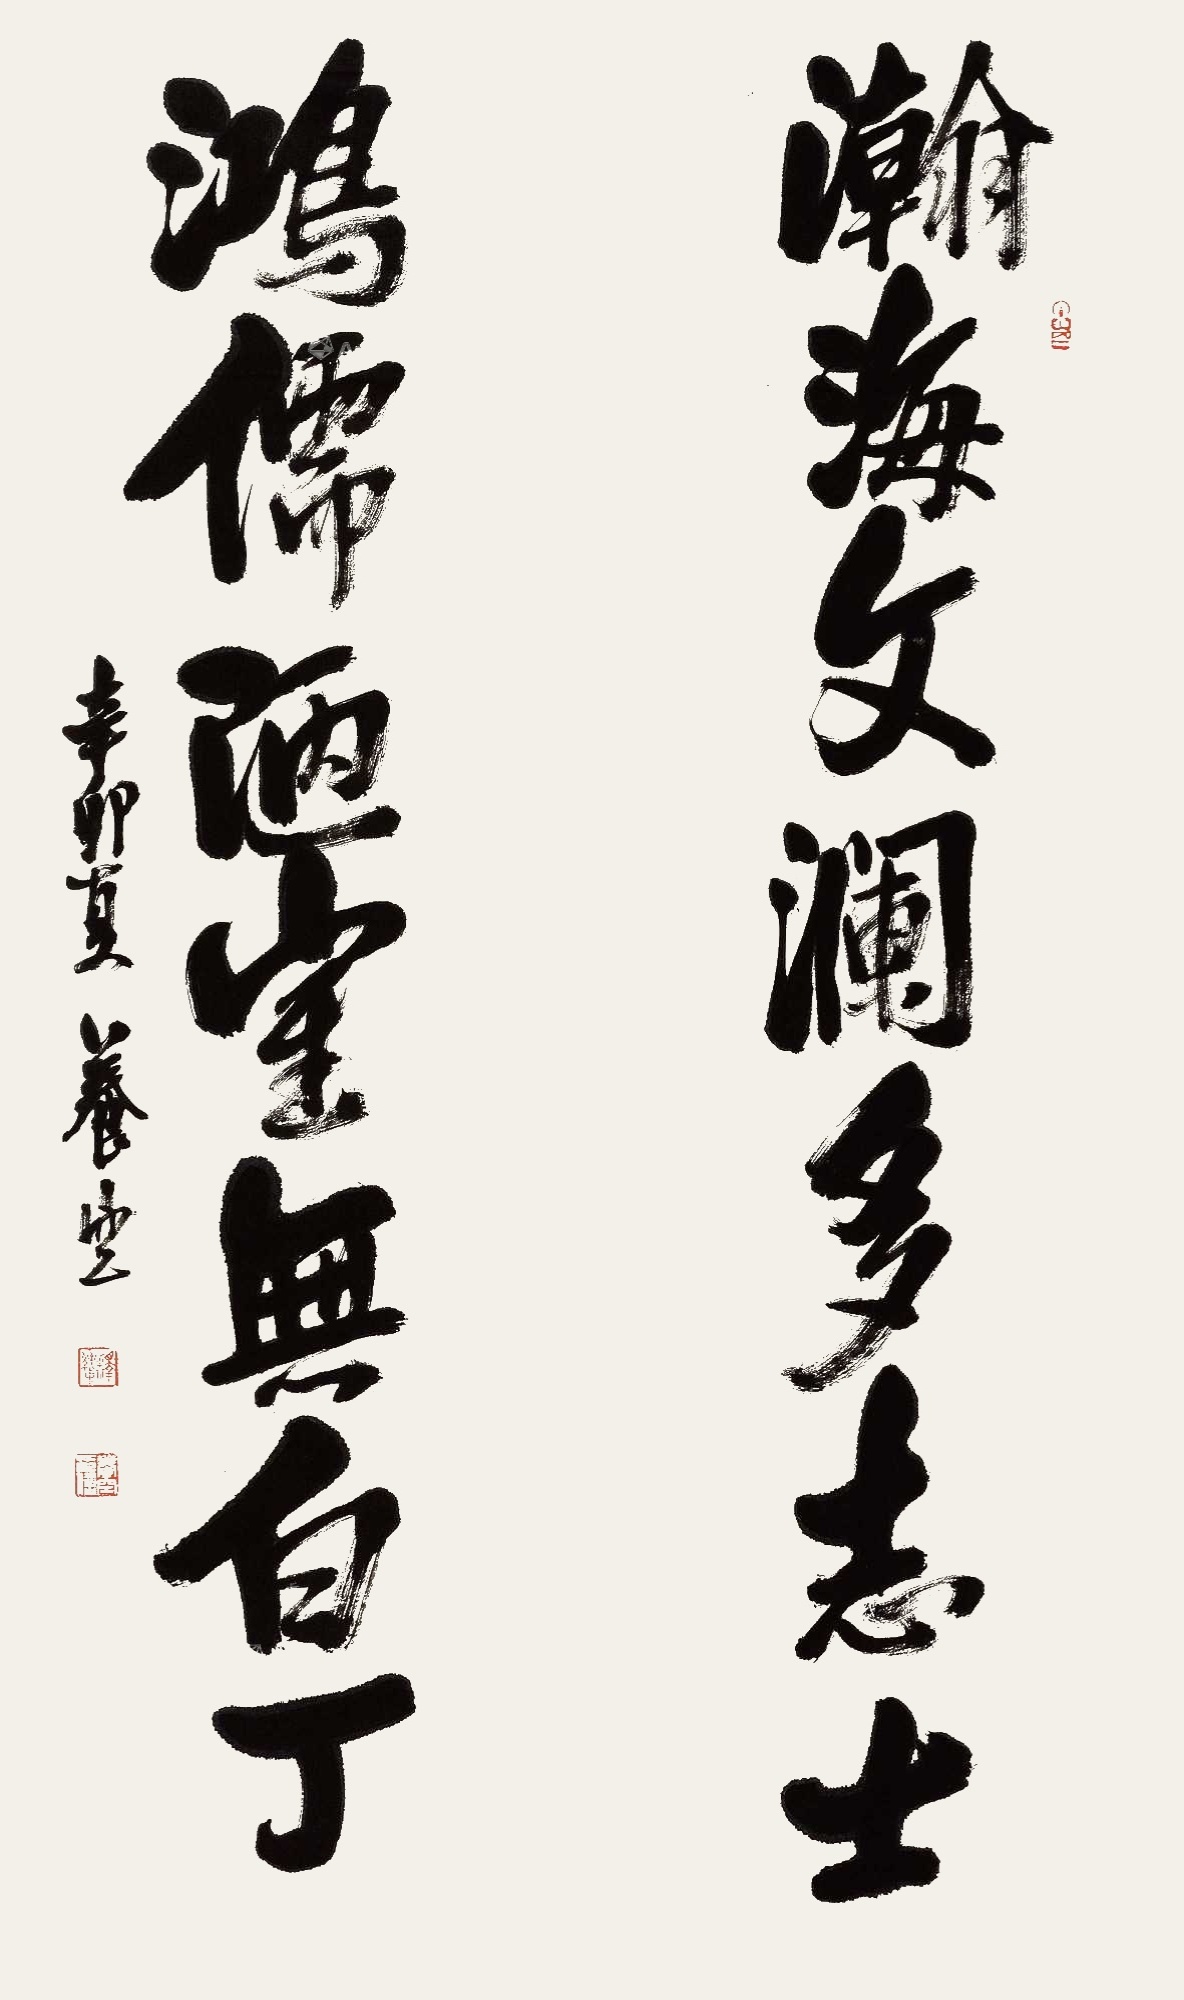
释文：瀚海文澜多志士，鸿儒陋室无白丁辛卯夏养空